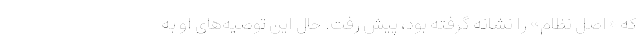
که «اصل نظام» را نشانه گرفته بود، پیش رفت. حال این توصیه‌های او به